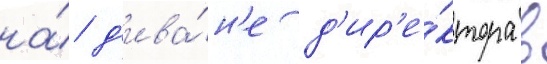
на́ д'ива́н'е д'ир'е́ктора в